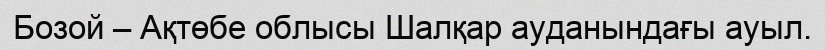
Бозой – Ақтөбе облысы Шалқар ауданындағы ауыл.